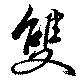
雙